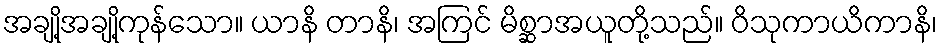
အချို့အချို့ကုန်သော။ ယာနိ တာနိ၊ အကြင် မိစ္ဆာအယူတို့သည်။ ဝိသုကာယိကာနိ၊